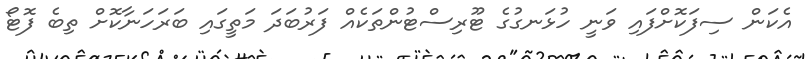
އެކަން ސިފަކޮށްފައި ވަނީ ހުޅަނގުގެ ޓޫރިސްޓުންތަކެއް ފަރުބަދަ މަތީގައި ބަރަހަނާކޮށް ތިބެ ފޮޓޯ